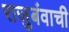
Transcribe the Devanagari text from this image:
राजुबंवाची